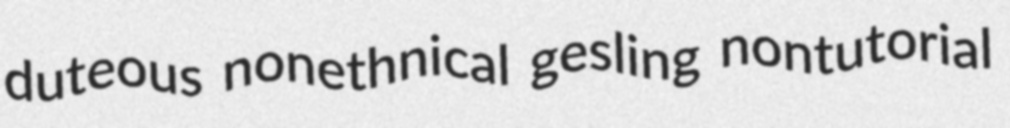
duteous nonethnical gesling nontutorial